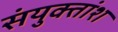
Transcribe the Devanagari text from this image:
संयुक्तांश